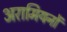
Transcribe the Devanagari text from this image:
अरामियनों